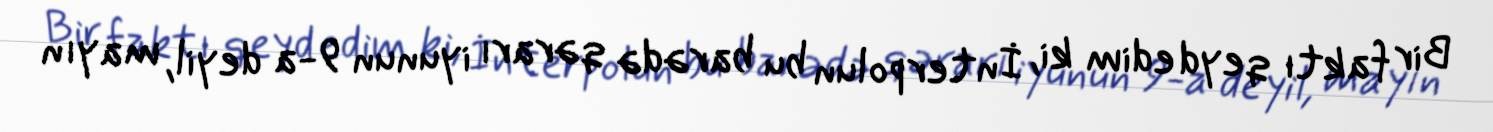
Bir faktı qeyd edim ki, İnterpolun bu barədə qərarı iyunun 9-a deyil, mayın